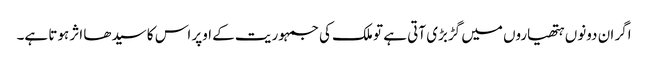
اگر ان دونوں ہتھیاروں میں گڑبڑی آتی ہے تو ملک کی جمہوریت کے اوپر اس کا سیدھا اثر ہوتا ہے۔